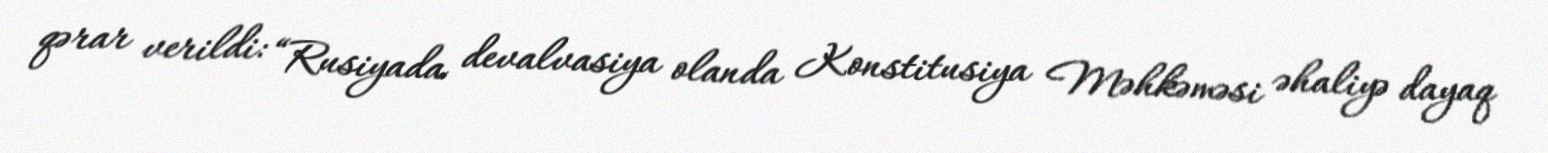
qərar verildi: “Rusiyada devalvasiya olanda Konstitusiya Məhkəməsi əhaliyə dayaq